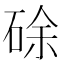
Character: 硢